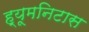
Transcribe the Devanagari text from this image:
ह्यूमनिटास